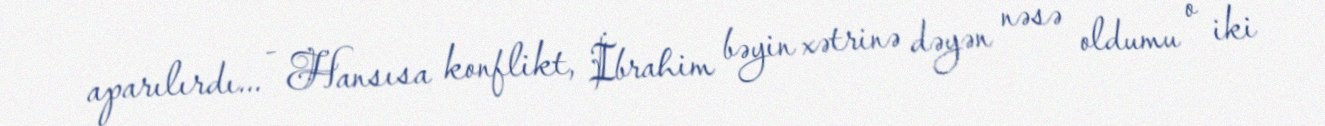
aparılırdı... - Hansısa konflikt, İbrahim bəyin xətrinə dəyən nəsə oldumu o iki